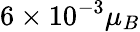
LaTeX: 6\times 10^{-3}\mu_{B}